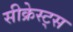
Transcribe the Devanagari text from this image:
सीक्रेस्ट्स